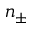
n _ { \pm }